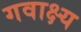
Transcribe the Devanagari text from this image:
गवाक्ष्य